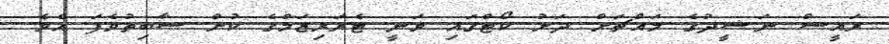
ރައީސް ނަޝީދުގެ މައްޗަށް ދަށު ކޯޓްގައި ވަނީ ޓެރަރިޒަމްގެ ކުށް ސާބިތުވެފަ އެވެ.